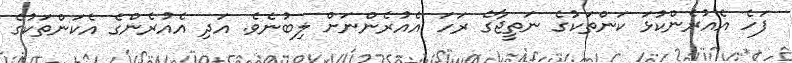
ފަހެ އެއުރެންކުޅަ ކަންތަކުގެ ނަތީޖާގެ ރަހަ އެއުރެންނަށް ލިބުނެވެ. އަދި އެއުރެންގެ އެކަންތަކުގެ